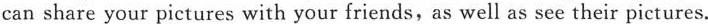
can share your pictures with your friends,as well as see their pictures.